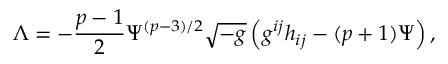
{ \Lambda } = - \frac { p - 1 } { 2 } { \Psi } ^ { ( p - 3 ) / 2 } \sqrt { - g } \left( g ^ { i j } h _ { i j } - ( p + 1 ) { \Psi } \right) ,